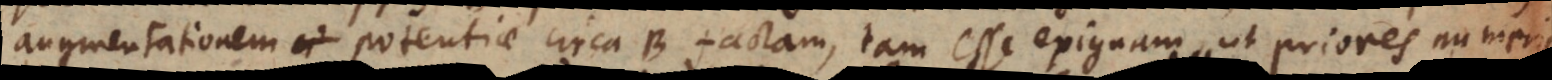
augmentationem potentiae circa B factam, tam esse exiguam, ut priores numeri